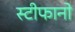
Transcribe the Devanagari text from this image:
स्टीफानो